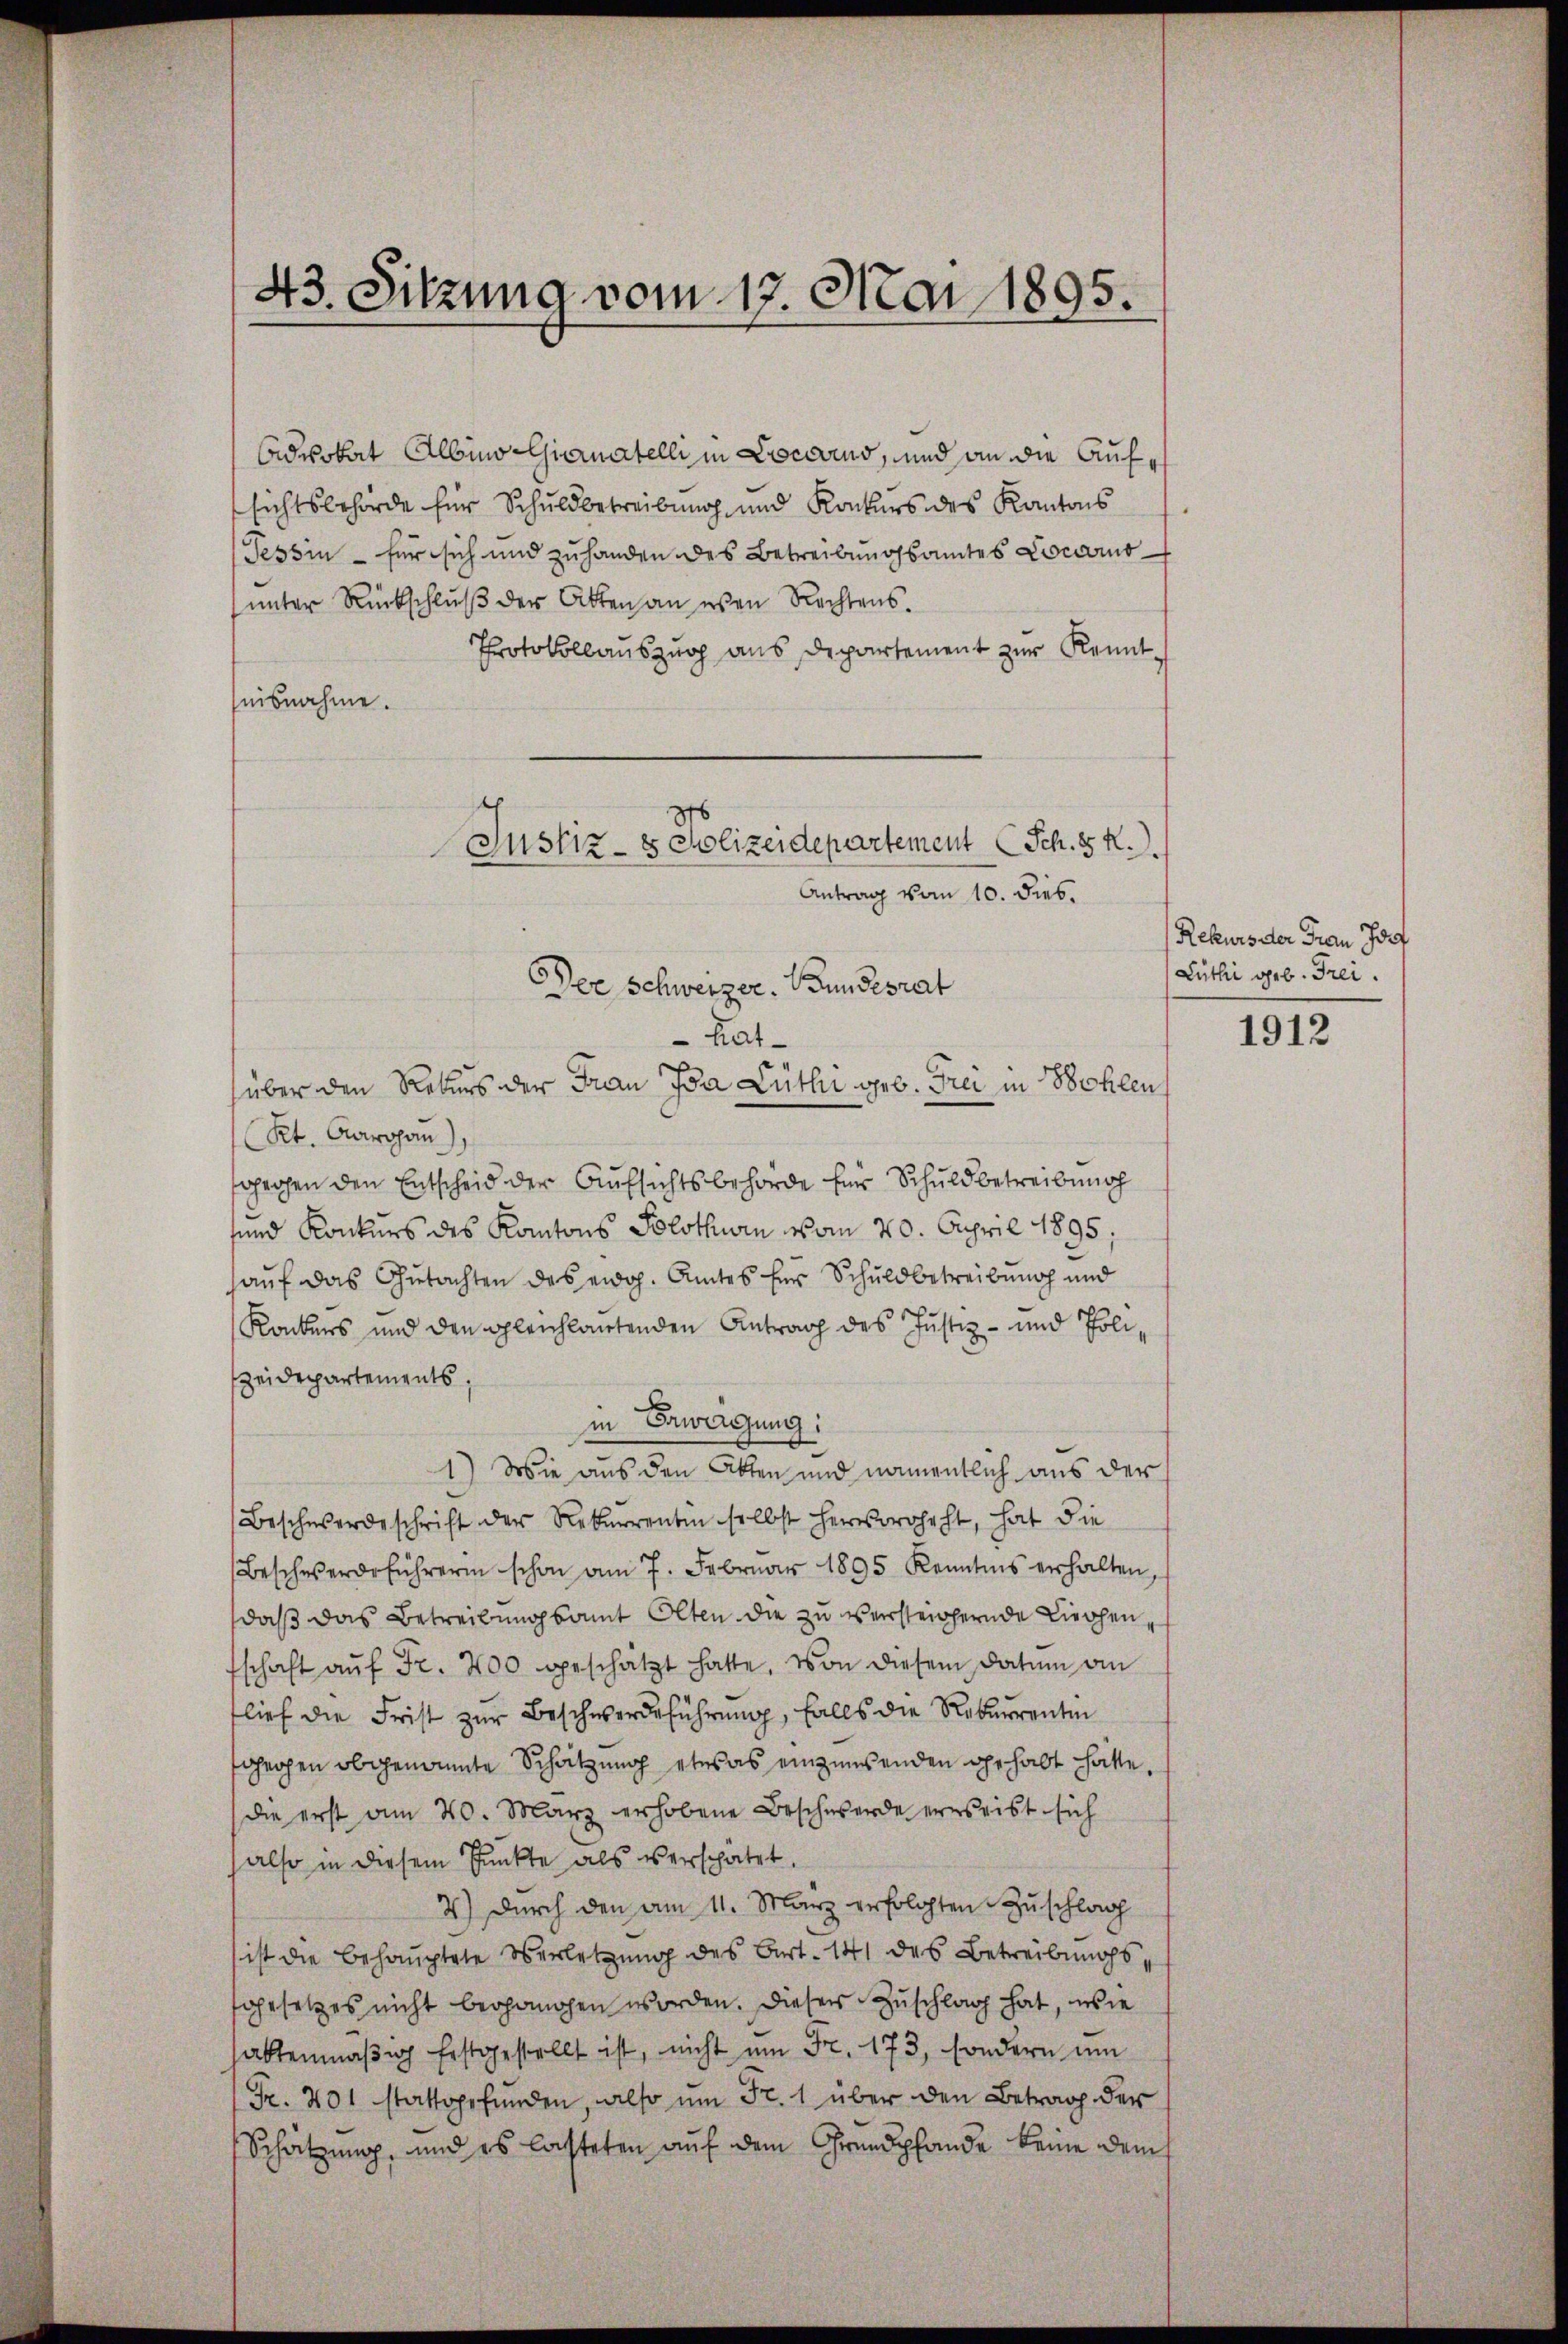
43. Sitzung vom 17. Mai 1895.

Advokat Albin Giernatelli in Locarus, und an die Aufsichtsbehörde für Schuldbetreibung und Konkurs des Kantons
Tessin – für sich und zuhanden des Betreibungsamtes Locarno
unter Rückschluß der Akten an esen Rechtens.
Protokollauszug aus Departement zur Kennteisnahme.
Der Schweizer. Bundesrat
hatüber den Rekurs der Frau Ida Lüth geb. Frei in Bohlen
Kt. Aargau),
sprochen den Entscheid der Aufsichtsbehörde für Schuldbetreibung
sund Konkurs des Kantons Solothurn vom 20. April 1895;
hauf das Gutachten des eidg. Amtes für Schuldbetreibung und
Konkers und den gleichlautenden Antrag des Justiz- und Poli¬
Zeidepartements,
in Erwägung:
1) Wie aus den Akten und namentlich aus der
Beschwerdeschrift der Rekurrenten selbst hervoroheht, hat die
Beschwerdeführerin schon am 7. Februar 1895 Kenntnis erhalten,
daß das Betreibung samt Olten die zu versteichernde Kirchen,
fschaft aŭf Fr. 200 geschätzt hatte, von diesem Datum an
flief die Frist zŭr Beschwerdeführung, falls die Rekurrenten
gegen obgenannte Schätzung etwas einzuwenden gehabt hatte.
die erst am 20. März erhobene Beschwerde erweist sich
also in diesem Punkte als verspätet.
4.) Durch den am 11. März erfolgten Zuschlag
ist die behauptete Verletzung des Art. 141 des Betreibungs
sgesetzes nicht begangen worden. Dieser Zuschlag hat, wie
hattenmäßig festgestellt ist, nicht am Fr. 173, sondern um
Fr. 201 stattgefunden, also um Fr. 1 über den Betrag der
Schätzung, und es lasteten auf dem Grundpfande keine dems

Justiz- & Polizeidepartement (Sch. 5 f.
Antrag vom 10. Dieb.

Rekurs der Frau Jost
Luthe geb. Frei

1912